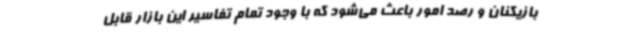
بازیکنان و رصد امور باعث می‌شود که با وجود تمام تفاسیر این بازار قابل